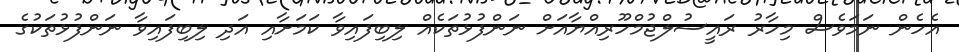
އެހެން ނަމަވެސް މިހާރު ރައީސުލްޖުމްހޫރިއްޔާއަށް ނަންފުޅުތަކެއް ލިބިފައިވާ ކަމަށާއި އަދި ލިބިފައިވާ ނަންފުޅުތަކުގެ